Annual report of the Camel Specialist
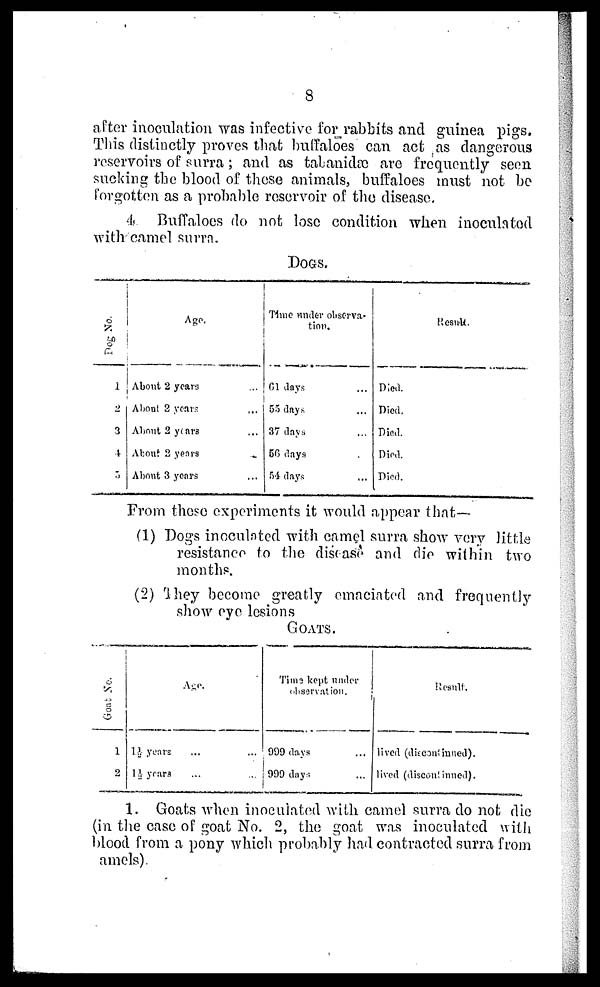
8
after inoculation was infective for rabbits and guinea pigs.
This distinctly proves that buffaloes can act as dangerous
reservoirs of surra; and as tabnidæ are frequently seen
sucking the blood of these animals, buffaloes must not be
forgotten as a probable reservoir of the disease.
4 Buffaloes do not lose condition when inoculated
with camel surra.
DOGS.
Dog No.
1
2
3
4
5
Age.
About 2 years ...
About 2 years ...
About 2 years ...
About 2 years ...
About 3 years ...
Time under observa-
tion.
61 days ...
55 days ...
37 days ...
56 days ...
54 days ...
Died.
Died.
Died.
Died.
Died.
Result.
From these experiments it would appear that—
(1) Dogs inoculated with camel surra show very little
resistance to the disease and die within two
months.
(2) They become greatly emaciated and frequently
show eye lesions
GOATS.
Goat No.
1
2
Age.
1½ years ... ...
1½ years ... ...
Time kept under
observation.
999 days ...
999 days ...
Result.
lived (discontinued).
lived (discontinued).
1. Goats when inoculated with camel surra do not die
(in the case of goat No. 2, the goat was inoculated with
blood from a pony which probably had contracted surra from
amels)